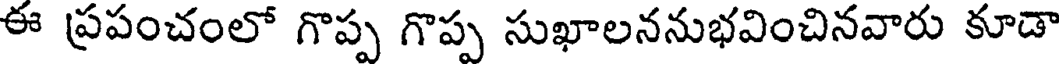
ఈ ప్రపంచంలో గొప్ప గొప్ప సుఖాలననుభవించినవారు కూడా